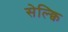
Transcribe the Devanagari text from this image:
सेल्क्वि